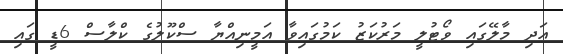
އަދި މާލޭގައި ވޯޓުލީ މަރުކަޒު ކަމުގައިވާ އަމީނިއްޔާ ސްކޫލުގެ ކްލާސް 6ޑީ ގައި